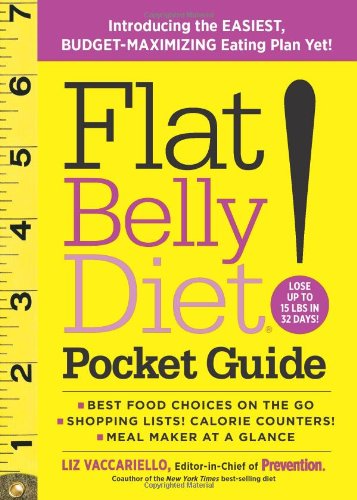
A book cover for Flat Belly Diet! Pocket Guide: Introducing the EASIEST, BUDGET-MAXIMIZING Eating Plan Yet; Liz Vaccariello; Health, Fitness & Dieting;